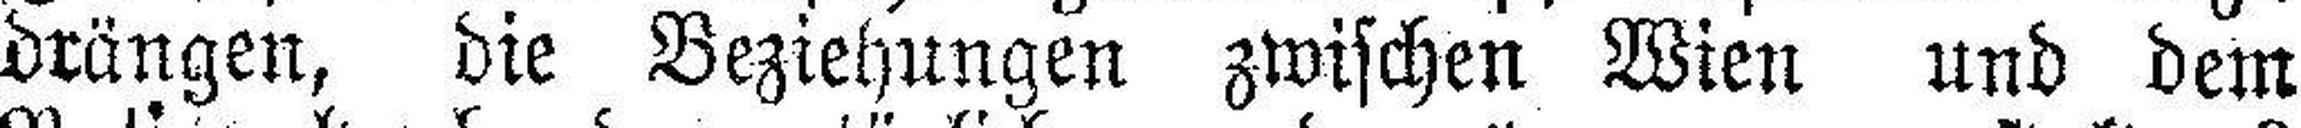
drängen, die Beziehungen zwischen Wien und dem